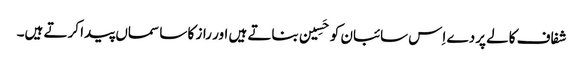
شفاف کالے پردے اِس سائبان کو حَسِین بناتے ہیں اور راز کا سا سماں پیدا کرتے ہیں۔